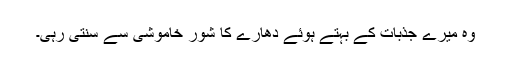
وہ میرے جذبات کے بہتے ہوئے دھارے کا شور خاموشی سے سُنتی رہی۔